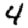
Digit: 4